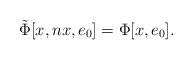
LaTeX: \begin{align*}\tilde{\Phi}\lbrack x,nx,e\sb{0}\rbrack=\Phi\lbrack x,e\sb{0}\rbrack.\end{align*}